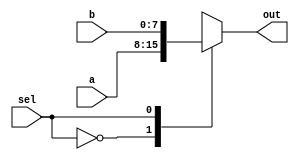
module mux8b_2to1_case(a, b, sel, out);
	input [7:0] a, b;
	input			sel;
	output [7:0] out;
	reg [7:0] out;
	
	always @(a, b, sel) begin
		case(sel)
			1'b0 : out = a;
			1'b1 : out = b;
		endcase
	end
endmodule